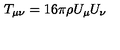
T _ { \mu \nu } = 1 6 \pi \rho U _ { \mu } U _ { \nu }